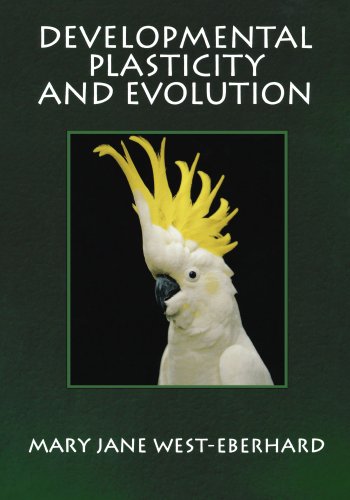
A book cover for Developmental Plasticity and Evolution; Mary Jane West-Eberhard; Science & Math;